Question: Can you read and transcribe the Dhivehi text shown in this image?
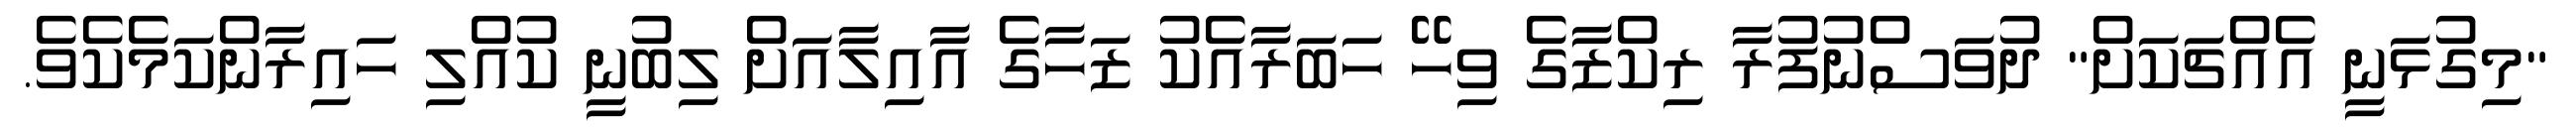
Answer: "މިގުޅަނީ އެއްޗަކަށް" ދުވަސްނުފުރާ ރިކްޒާގެ ވިހޭ ހަބަރާއެކު ޒަހާގެ އާއިލާއަށް ލިބުނީ ކުއްލި ހައިރާންކަމެކެވެ.